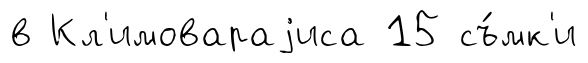
в Кл'имовараjиса 15 съ́мк'и